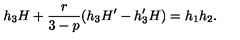
h _ { 3 } H + \frac { r } { 3 - p } ( h _ { 3 } H ^ { \prime } - h _ { 3 } ^ { \prime } H ) = h _ { 1 } h _ { 2 } .